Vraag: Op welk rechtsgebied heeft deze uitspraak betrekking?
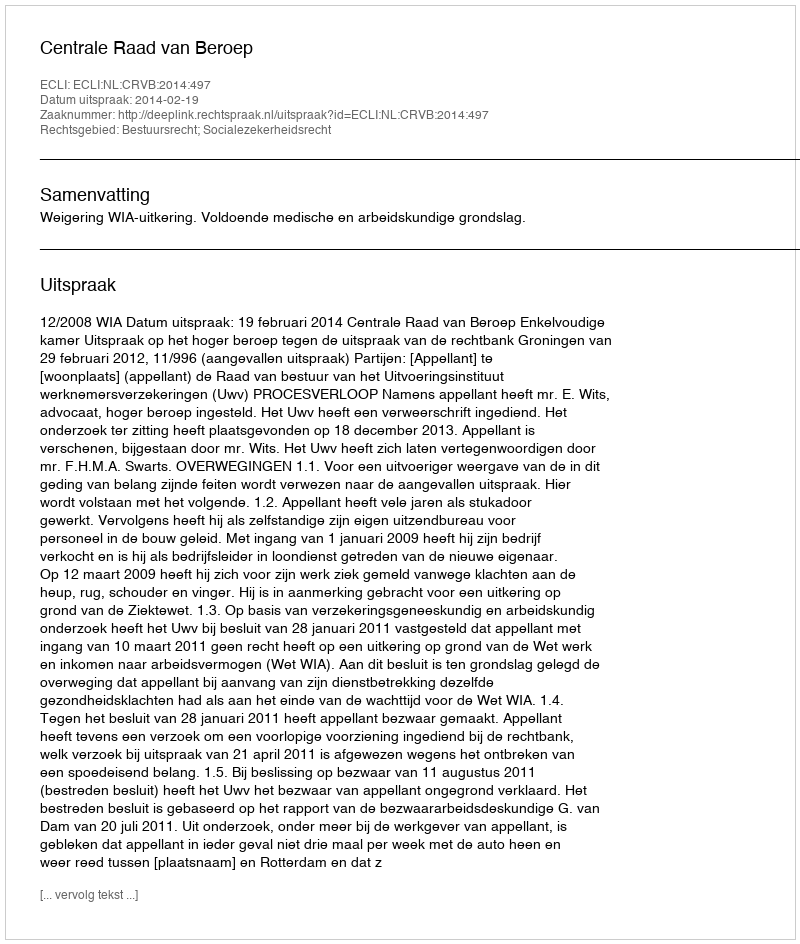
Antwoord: Bestuursrecht; Socialezekerheidsrecht